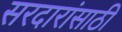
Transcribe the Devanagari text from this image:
सरदारांसाठी